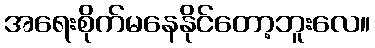
အရေးစိုက်မနေနိုင်တော့ဘူးလေ။